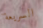
السريعة